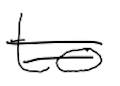
Text: to
Cross-out: double-line
Writing tool: digital_black